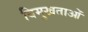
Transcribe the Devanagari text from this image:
विमुखताओं